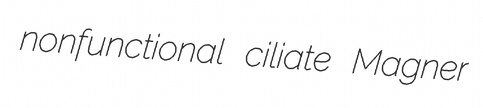
nonfunctional ciliate Magner